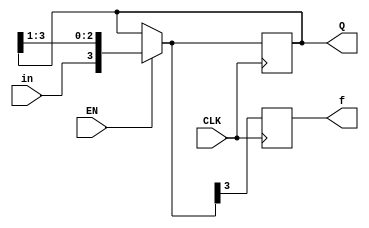
module shiftreg(EN, in, CLK, Q,f);

	parameter n=4; 
	input EN;
	input in;
	input CLK;
	output [n-1:0] Q; 
	reg [n-1:0] Q;
	output f;
	reg f;

	initial
	Q=4'b0000;

	always @ (posedge CLK) 
		begin
			if (EN) 
				Q={in,Q[n-1:1]};
				f=Q[3];
		end

endmodule